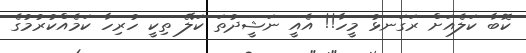
ކޮބާ ކަލެއަށް ރަގަނޅު މީހާ!! އެއީ ނަޝީދުތަ ކަލޭ ތިކީ ހުރިހާ ކަމެއްކުރުމުގެ